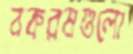
বকরমগুলো